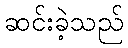
ဆင်းခဲ့သည်